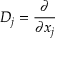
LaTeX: D _ { j } = { \frac { \partial } { \partial x _ { j } } }